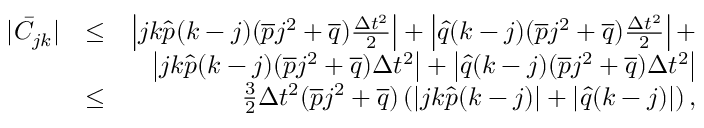
\begin{array} { r l r } { | \bar { C } _ { j k } | } & { \leq } & { \left| j k \hat { p } ( k - j ) ( \overline { { p } } j ^ { 2 } + \overline { { q } } ) \frac { \Delta t ^ { 2 } } { 2 } \right| + \left| \hat { q } ( k - j ) ( \overline { { p } } j ^ { 2 } + \overline { { q } } ) \frac { \Delta t ^ { 2 } } { 2 } \right| + } \\ & { } & { \left| j k \hat { p } ( k - j ) ( \overline { { p } } j ^ { 2 } + \overline { { q } } ) \Delta t ^ { 2 } \right| + \left| \hat { q } ( k - j ) ( \overline { { p } } j ^ { 2 } + \overline { { q } } ) \Delta t ^ { 2 } \right| } \\ & { \leq } & { \frac { 3 } { 2 } { \Delta t ^ { 2 } } ( \overline { { p } } j ^ { 2 } + \overline { { q } } ) \left( \left| j k \hat { p } ( k - j ) \right| + \left| \hat { q } ( k - j ) \right| \right) , } \end{array}